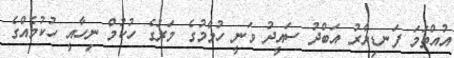
އުއްތަމަ ފަނޑިޔާރު އަބްދު ސައީދު ވަނީ ހުމާމުގެ މަރުގެ ހުކުމް ނިހާއީ ހުކުމެއްގެ